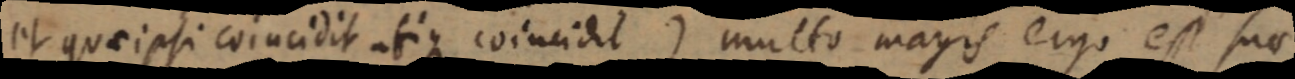
et quae ipsi coincidit atique coincidit) multo magis ergo est suo